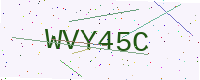
Text: WVY45C